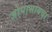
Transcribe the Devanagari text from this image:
जोपासायचा